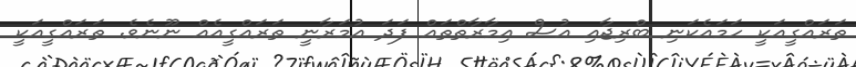
ތަރައްގީއަކީ ހަމައެކަނި ބްރިޖާއި އުސް އިމާރާތްތައް ފަދަ އުމަރާނީ ތަރައްގީއެއް ނޫނެވެ. ތަރައްގީއަކީ